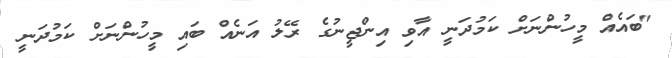
"ބައެއް މީހުންނަށް ކަމުދަނީ އާވި އިންޖީނުގެ ރޭލު އަނެއް ބައި މީހުންނަށް ކަމުދަނީ